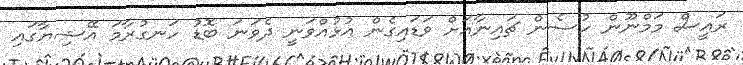
ރައީސް މަމްނޫން ހުސެން ޗައިނާއަށް ވަޑައިގެން އުޅުއްވަނީ ދެވަނަ ބޮޑު ހަނގުރާމަ އޭޝިޔާގައި